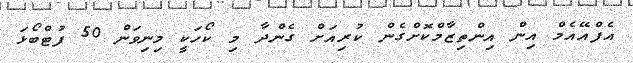
އެފްއޭއެމް އިން އިންތިޒާމްކޮށްގެން ކުރިއަށް ގެންދާ މި ކޯހަކީ މިނިވަން 50 ފުޓްބޯޅަ